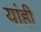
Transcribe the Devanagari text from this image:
यांही